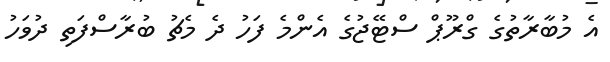
އެ މުބާރާތުގެ ގްރޫޕް ސްޓޭޖުގެ އެންމެ ފަހު ދެ މެޗު ބުރާސްފަތި ދުވަހު